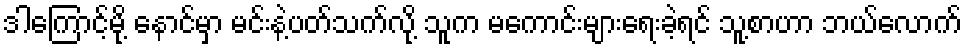
ဒါကြောင့်မို့ နောင်မှာ မင်းနဲ့ပတ်သက်လို့ သူက မကောင်းများရေးခဲ့ရင် သူ့စာဟာ ဘယ်လောက်